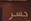
جسر